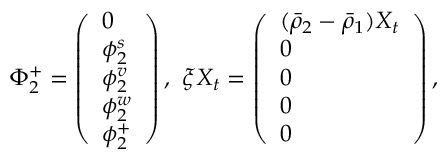
\Phi _ { 2 } ^ { + } = \left( \begin{array} { l } { 0 } \\ { \phi _ { 2 } ^ { s } } \\ { \phi _ { 2 } ^ { v } } \\ { \phi _ { 2 } ^ { w } } \\ { \phi _ { 2 } ^ { + } } \end{array} \right) , \ \xi X _ { t } = \left( \begin{array} { l } { ( \bar { \rho } _ { 2 } - \bar { \rho } _ { 1 } ) X _ { t } } \\ { 0 } \\ { 0 } \\ { 0 } \\ { 0 } \end{array} \right) ,